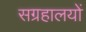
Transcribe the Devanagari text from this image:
सग्रहालयों